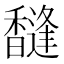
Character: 𱄐